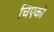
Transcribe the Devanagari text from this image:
चिएको